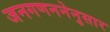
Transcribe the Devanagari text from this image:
जनगणननेनुसार